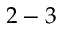
2 - 3